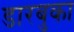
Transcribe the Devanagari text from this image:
डारबुका